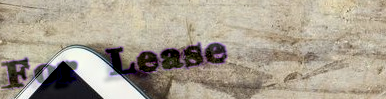
For Lease